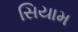
સિયામ